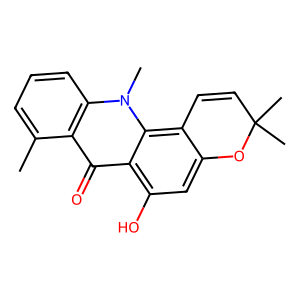
SMILES: Cc1cccc2c1c(=O)c1c(O)cc3c(c1n2C)C=CC(C)(C)O3
Inhibits HIV replication: Yes